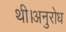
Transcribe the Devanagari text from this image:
थी।अनुरोध